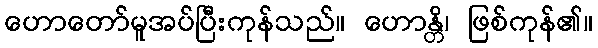
ဟောတော်မူအပ်ပြီးကုန်သည်။ ဟောန္တိ၊ ဖြစ်ကုန်၏။